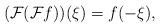
LaTeX: \begin{align*}(\mathcal{F}(\mathcal{F}f))(\xi)=f(-\xi), \end{align*}